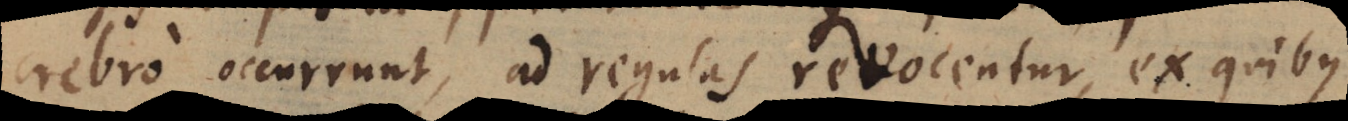
crebro occurrunt, ad regulas revocentur, ex quibus